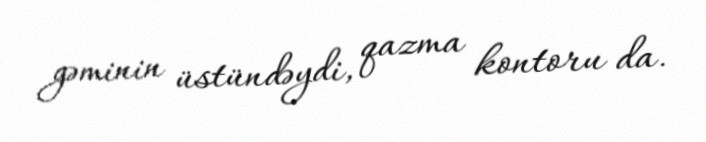
gəminin üstündəydi, qazma kontoru da.